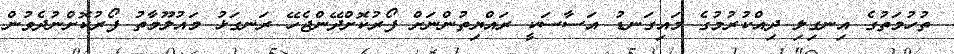
ތުހުމަތުގެ އިނގިލި ދިއްކުރުމުގެ މައިގަނޑު އަސާސަކީ ރައްޔިތުންނަށް ފޯރުކޮށްދޭންޖެހޭ ރަނގަޅު މައުލޫމާތު ފޯރުކޮށްނުދެވުން